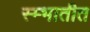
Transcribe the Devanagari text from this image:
स्म्भातीत